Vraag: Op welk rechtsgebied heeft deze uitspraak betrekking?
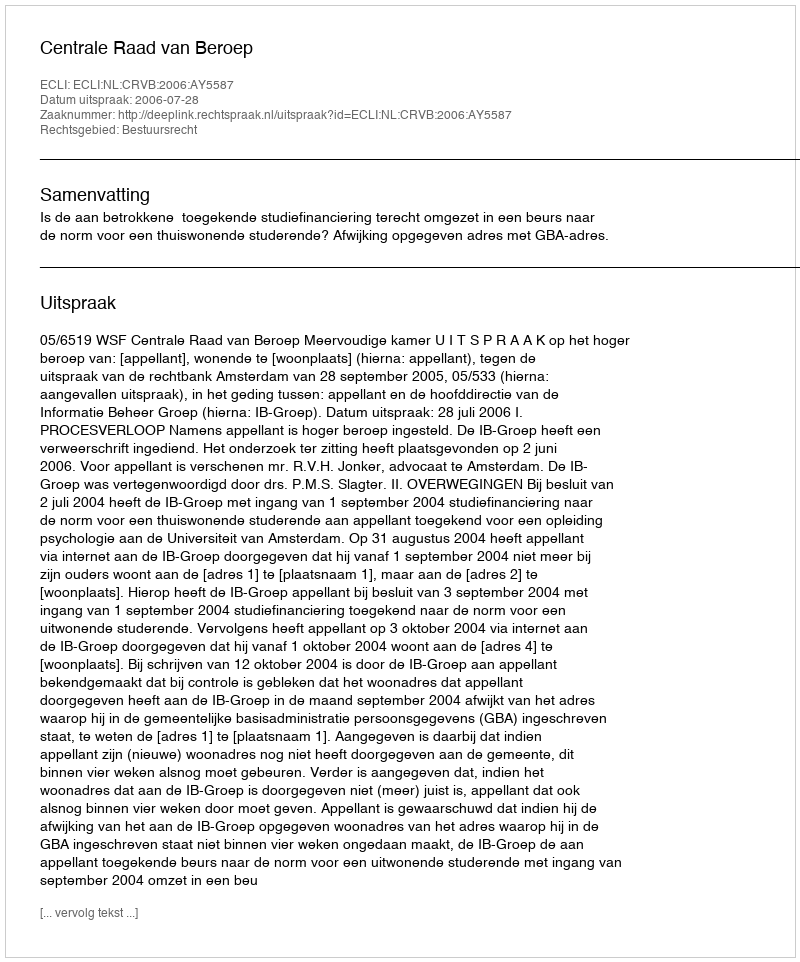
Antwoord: Bestuursrecht